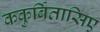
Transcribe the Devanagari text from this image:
ककुर्बितासिए